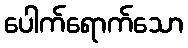
ပေါက်ရောက်သော